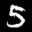
Label: 5